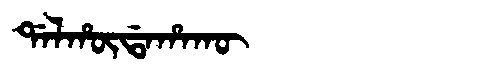
Manchu: ᡩᠠᠯᡥᡡᡩᠠᡥᠠᡴᡡ
Romanization: DALHŪDAHAKŪ